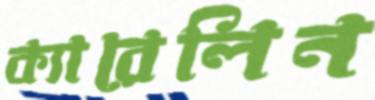
ক্যারেলিন